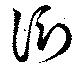
衍